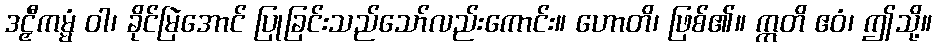
ဒဠှီကမ္မံ ဝါ၊ ခိုင်မြဲအောင် ပြုခြင်းသည်သော်လည်းကောင်း။ ဟောတိ၊ ဖြစ်၏။ ဣတိ ဧဝံ၊ ဤသို့။